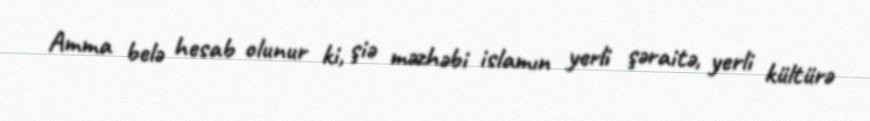
Amma belə hesab olunur ki, şiə məzhəbi islamın yerli şəraitə, yerli kültürə